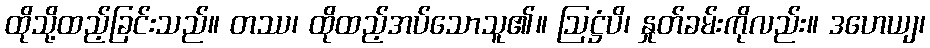
ထိုသို့ထည့်ခြင်းသည်။ တဿ၊ ထိုထည့်အပ်သောသူ၏။ ဩဋ္ဌံပိ၊ နှုတ်ခမ်းကိုလည်း။ ဒဟေယျ၊